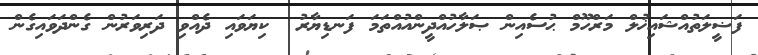
ފަޟީލަތުއްޝައިޚުލް މަރްހޫމް ޙުސެއިން ޞަލާހުއްދީންއުއްތަމަ ފަނޑިޔާރު  ކިޔަވައި ދެއްވި ދަރިވަރުން ގެންދަވައިގެން